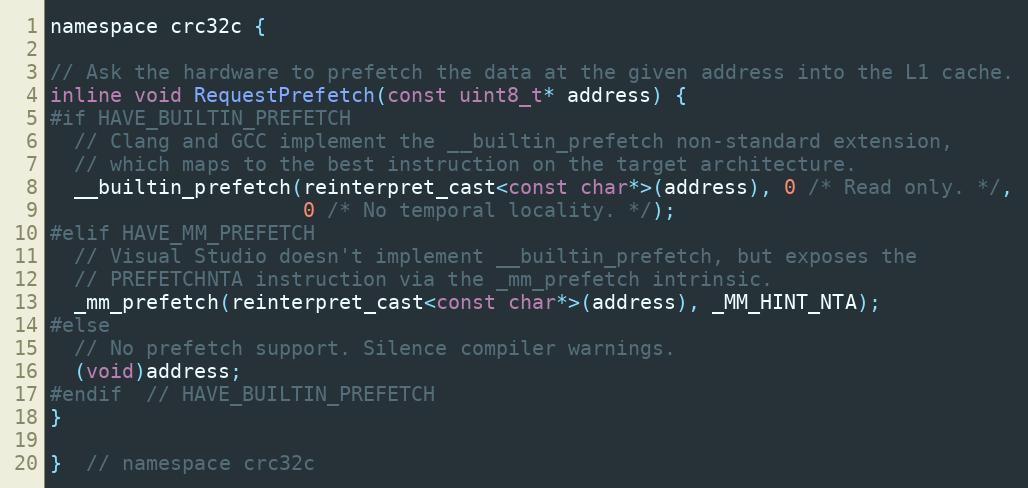
Language: C
namespace crc32c {

// Ask the hardware to prefetch the data at the given address into the L1 cache.
inline void RequestPrefetch(const uint8_t* address) {
#if HAVE_BUILTIN_PREFETCH
  // Clang and GCC implement the __builtin_prefetch non-standard extension,
  // which maps to the best instruction on the target architecture.
  __builtin_prefetch(reinterpret_cast<const char*>(address), 0 /* Read only. */,
                     0 /* No temporal locality. */);
#elif HAVE_MM_PREFETCH
  // Visual Studio doesn't implement __builtin_prefetch, but exposes the
  // PREFETCHNTA instruction via the _mm_prefetch intrinsic.
  _mm_prefetch(reinterpret_cast<const char*>(address), _MM_HINT_NTA);
#else
  // No prefetch support. Silence compiler warnings.
  (void)address;
#endif  // HAVE_BUILTIN_PREFETCH
}

}  // namespace crc32c